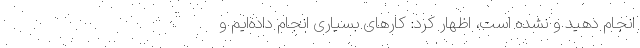
انجام دهید و نشده است، اظهار کرد: کارهای بسیاری انجام داده‌ایم و